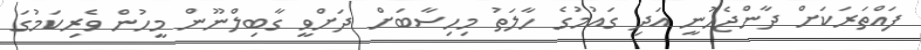
ފައްތަރަކަށް ދާންޖެހުނީ އަދި ގައުމުގެ ހާލަތު މިހިސާބަށް ދަށްވީ ގާބިލްނޫން މީހުން ވެރިކަމުގަ